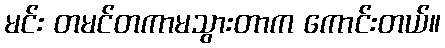
မင်း တမင်တကာမသွားတာက ကောင်းတယ်။